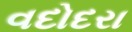
વદોદરા